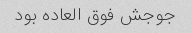
جوجش فوق العاده بود